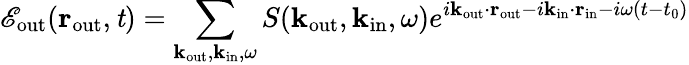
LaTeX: \mathscr{E}_{\mathrm{{out}}}({\mathbf{r}}_{\mathrm{{out}}},\mathit{t})=\sum_{\mathbf{k}_{\mathrm{{out}}},\mathbf{k}_{\mathrm{{in}}},\omega}S({\mathbf{k}}_{\mathrm{{out}}},{\mathbf{k}}_{\mathrm{{in}}},\omega)e^{i{\mathbf{k}}_{\mathrm{{out}}}\cdot{\mathbf{r}}_{\mathrm{{out}}}-i{\mathbf{k}}_{\mathrm{{in}}}\cdot{\mathbf{r}}_{\mathrm{{in}}}-i\omega(t-t_{0})}